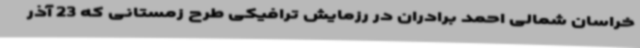
خراسان شمالی احمد برادران در رزمایش ترافیکی طرح زمستانی که 23 آذر